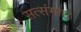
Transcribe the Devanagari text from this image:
सत्संगात